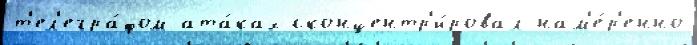
т'ел'егра́фом ата́ках сконцентр'и́ровал нам'е́р'енно